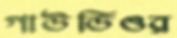
গাউডিওর